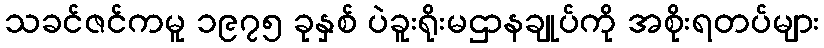
သခင်ဇင်ကမူ ၁၉၇၅ ခုနှစ် ပဲခူးရိုးမဌာနချုပ်ကို အစိုးရတပ်များ